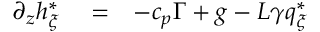
\begin{array} { r l r } { \partial _ { z } h _ { \xi } ^ { * } } & { { } = } & { - c _ { p } \Gamma + g - L \gamma q _ { \xi } ^ { * } } \end{array}